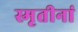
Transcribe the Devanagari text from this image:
स्मृतीनां